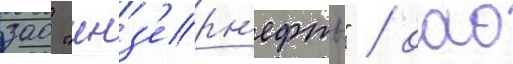
зао "инз'ерн'ефть" / оао